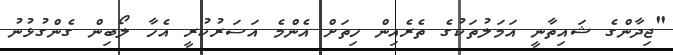
"ޖިދާންގެ ޝައިތާނީ އަމަލުތަކުގެ ތެރެއިން ހިތަށް އެންމެ އަސަރުކުރީ އެހާ ލޯބިން ގެންގުޅުނު